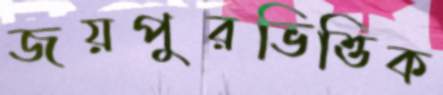
জয়পুরভিত্তিক